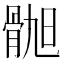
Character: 𫘲